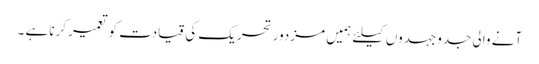
آنے والی جدوجہدوں کیلئے ہمیں مزدور تحریک کی قیادت کو تعمیر کرناہے ۔